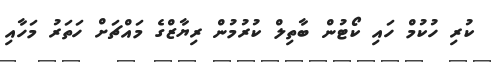
ކުރި ހުކުމް ހައި ކޯޓުން ބާތިލް ކުރުމުން ރިޔާޒްގެ މައްޗަށް ހަތަރު މަހާއި